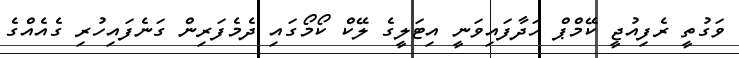
ވަގުތީ ރެފިއުޖީ ކޭމްޕް ހަދާފައިވަނީ އިޓަލީގެ ލޭކް ކޯމޯގައި ދެމެފަރިން ގަނެފައިހުރި ގެއެއްގެ